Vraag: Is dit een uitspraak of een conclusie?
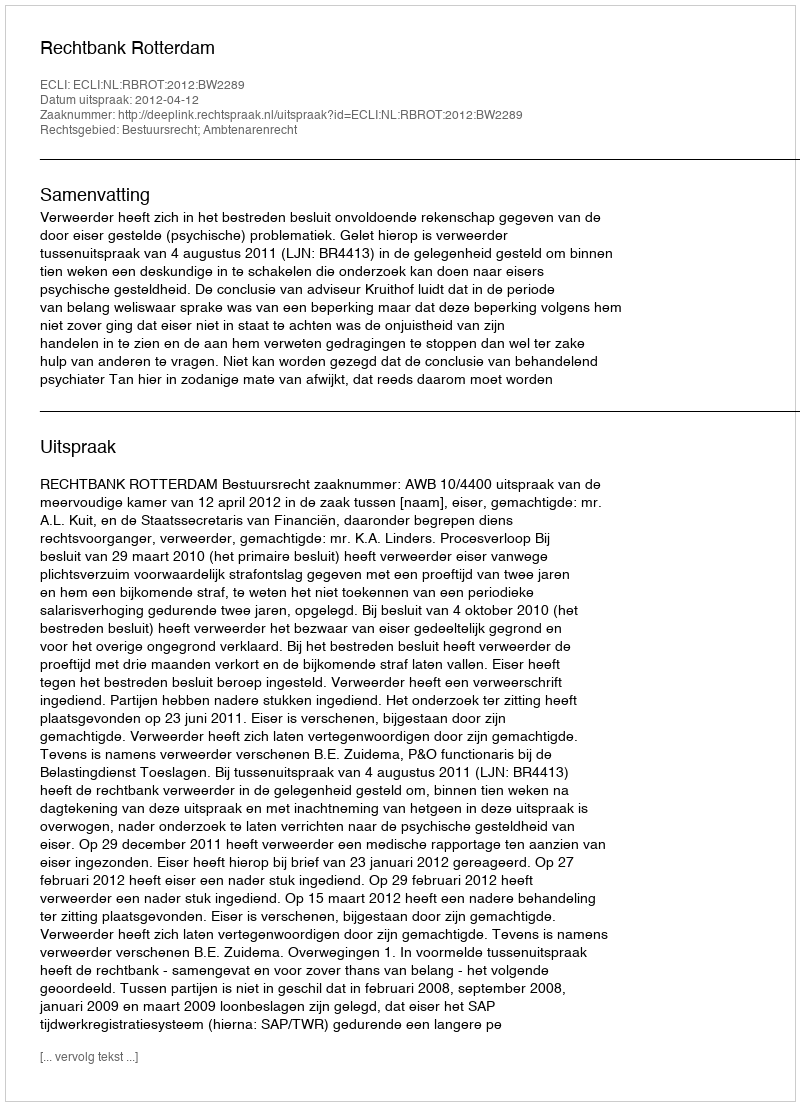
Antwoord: Uitspraak